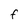
Character: F